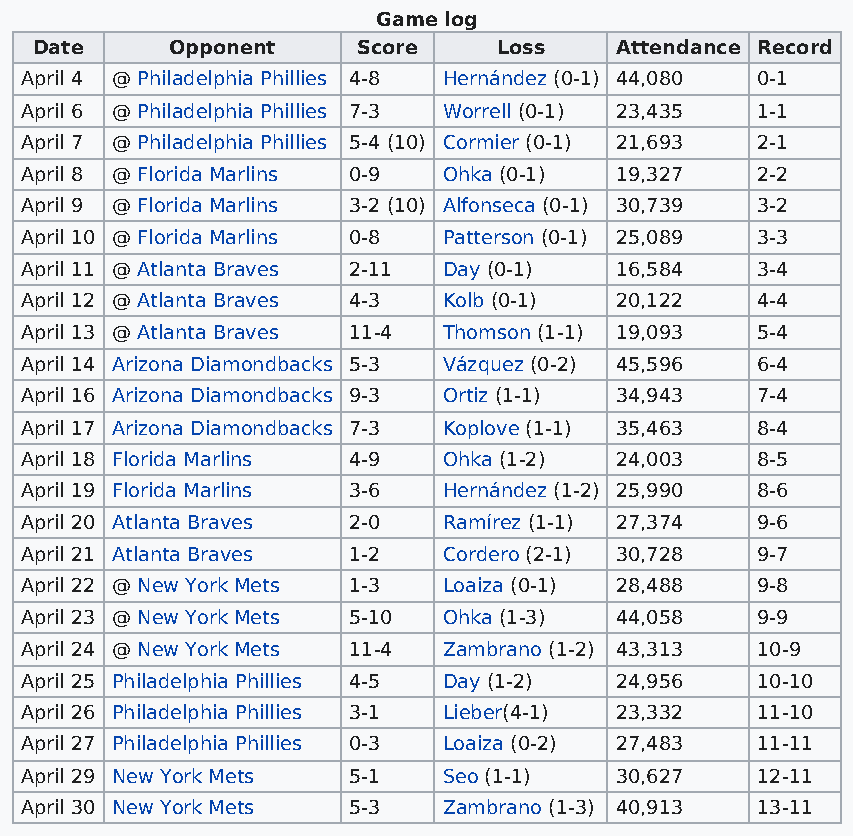
Game log
 Date     Opponent     Score    Loss    Attendance Record
 April 4 @ Philadelphia Phillies 4-8 Hernández (0-1) 44,080 0-1
 April 6 @ Philadelphia Phillies 7-3 Worrell (0-1) 23,435 1-1
 April 7 @ Philadelphia Phillies 5-4 (10) Cormier (0-1) 21,693 2-1
 April 8 @ Florida Marlins 0-9 Ohka (0-1) 19,327  2-2
 April 9 @ Florida Marlins 3-2 (10) Alfonseca (0-1) 30,739 3-2
 April 10 @ Florida Marlins 0-8 Patterson (0-1) 25,089 3-3
 April 11 @ Atlanta Braves 2-11 Day (0-1) 16,584  3-4
 April 12 @ Atlanta Braves 4-3 Kolb (0-1) 20,122  4-4
 April 13 @ Atlanta Braves 11-4 Thomson (1-1) 19,093 5-4
 April 14 Arizona Diamondbacks 5-3 Vázquez (0-2) 45,596 6-4
 April 16 Arizona Diamondbacks 9-3 Ortiz (1-1) 34,943 7-4
 April 17 Arizona Diamondbacks 7-3 Koplove (1-1) 35,463 8-4
 April 18 Florida Marlins 4-9 Ohka (1-2) 24,003   8-5
 April 19 Florida Marlins 3-6 Hernández (1-2) 25,990 8-6
 April 20 Atlanta Braves 2-0 Ramírez (1-1) 27,374 9-6
 April 21 Atlanta Braves 1-2 Cordero (2-1) 30,728 9-7
 April 22 @ New York Mets 1-3 Loaiza (0-1) 28,488 9-8
 April 23 @ New York Mets 5-10 Ohka (1-3) 44,058  9-9
 April 24 @ New York Mets 11-4 Zambrano (1-2) 43,313 10-9
 April 25 Philadelphia Phillies 4-5 Day (1-2) 24,956 10-10
 April 26 Philadelphia Phillies 3-1 Lieber(4-1) 23,332 11-10
 April 27 Philadelphia Phillies 0-3 Loaiza (0-2) 27,483 11-11
 April 29 New York Mets 5-1  Seo (1-1)   30,627   12-11
 April 30 New York Mets 5-3  Zambrano (1-3) 40,913 13-11